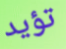
تؤيد